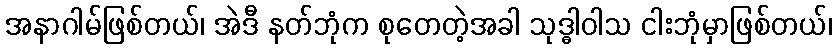
အနာဂါမ်ဖြစ်တယ်၊ အဲဒီ နတ်ဘုံက စုတေတဲ့အခါ သုဒ္ဓါဝါသ ငါးဘုံမှာဖြစ်တယ်၊